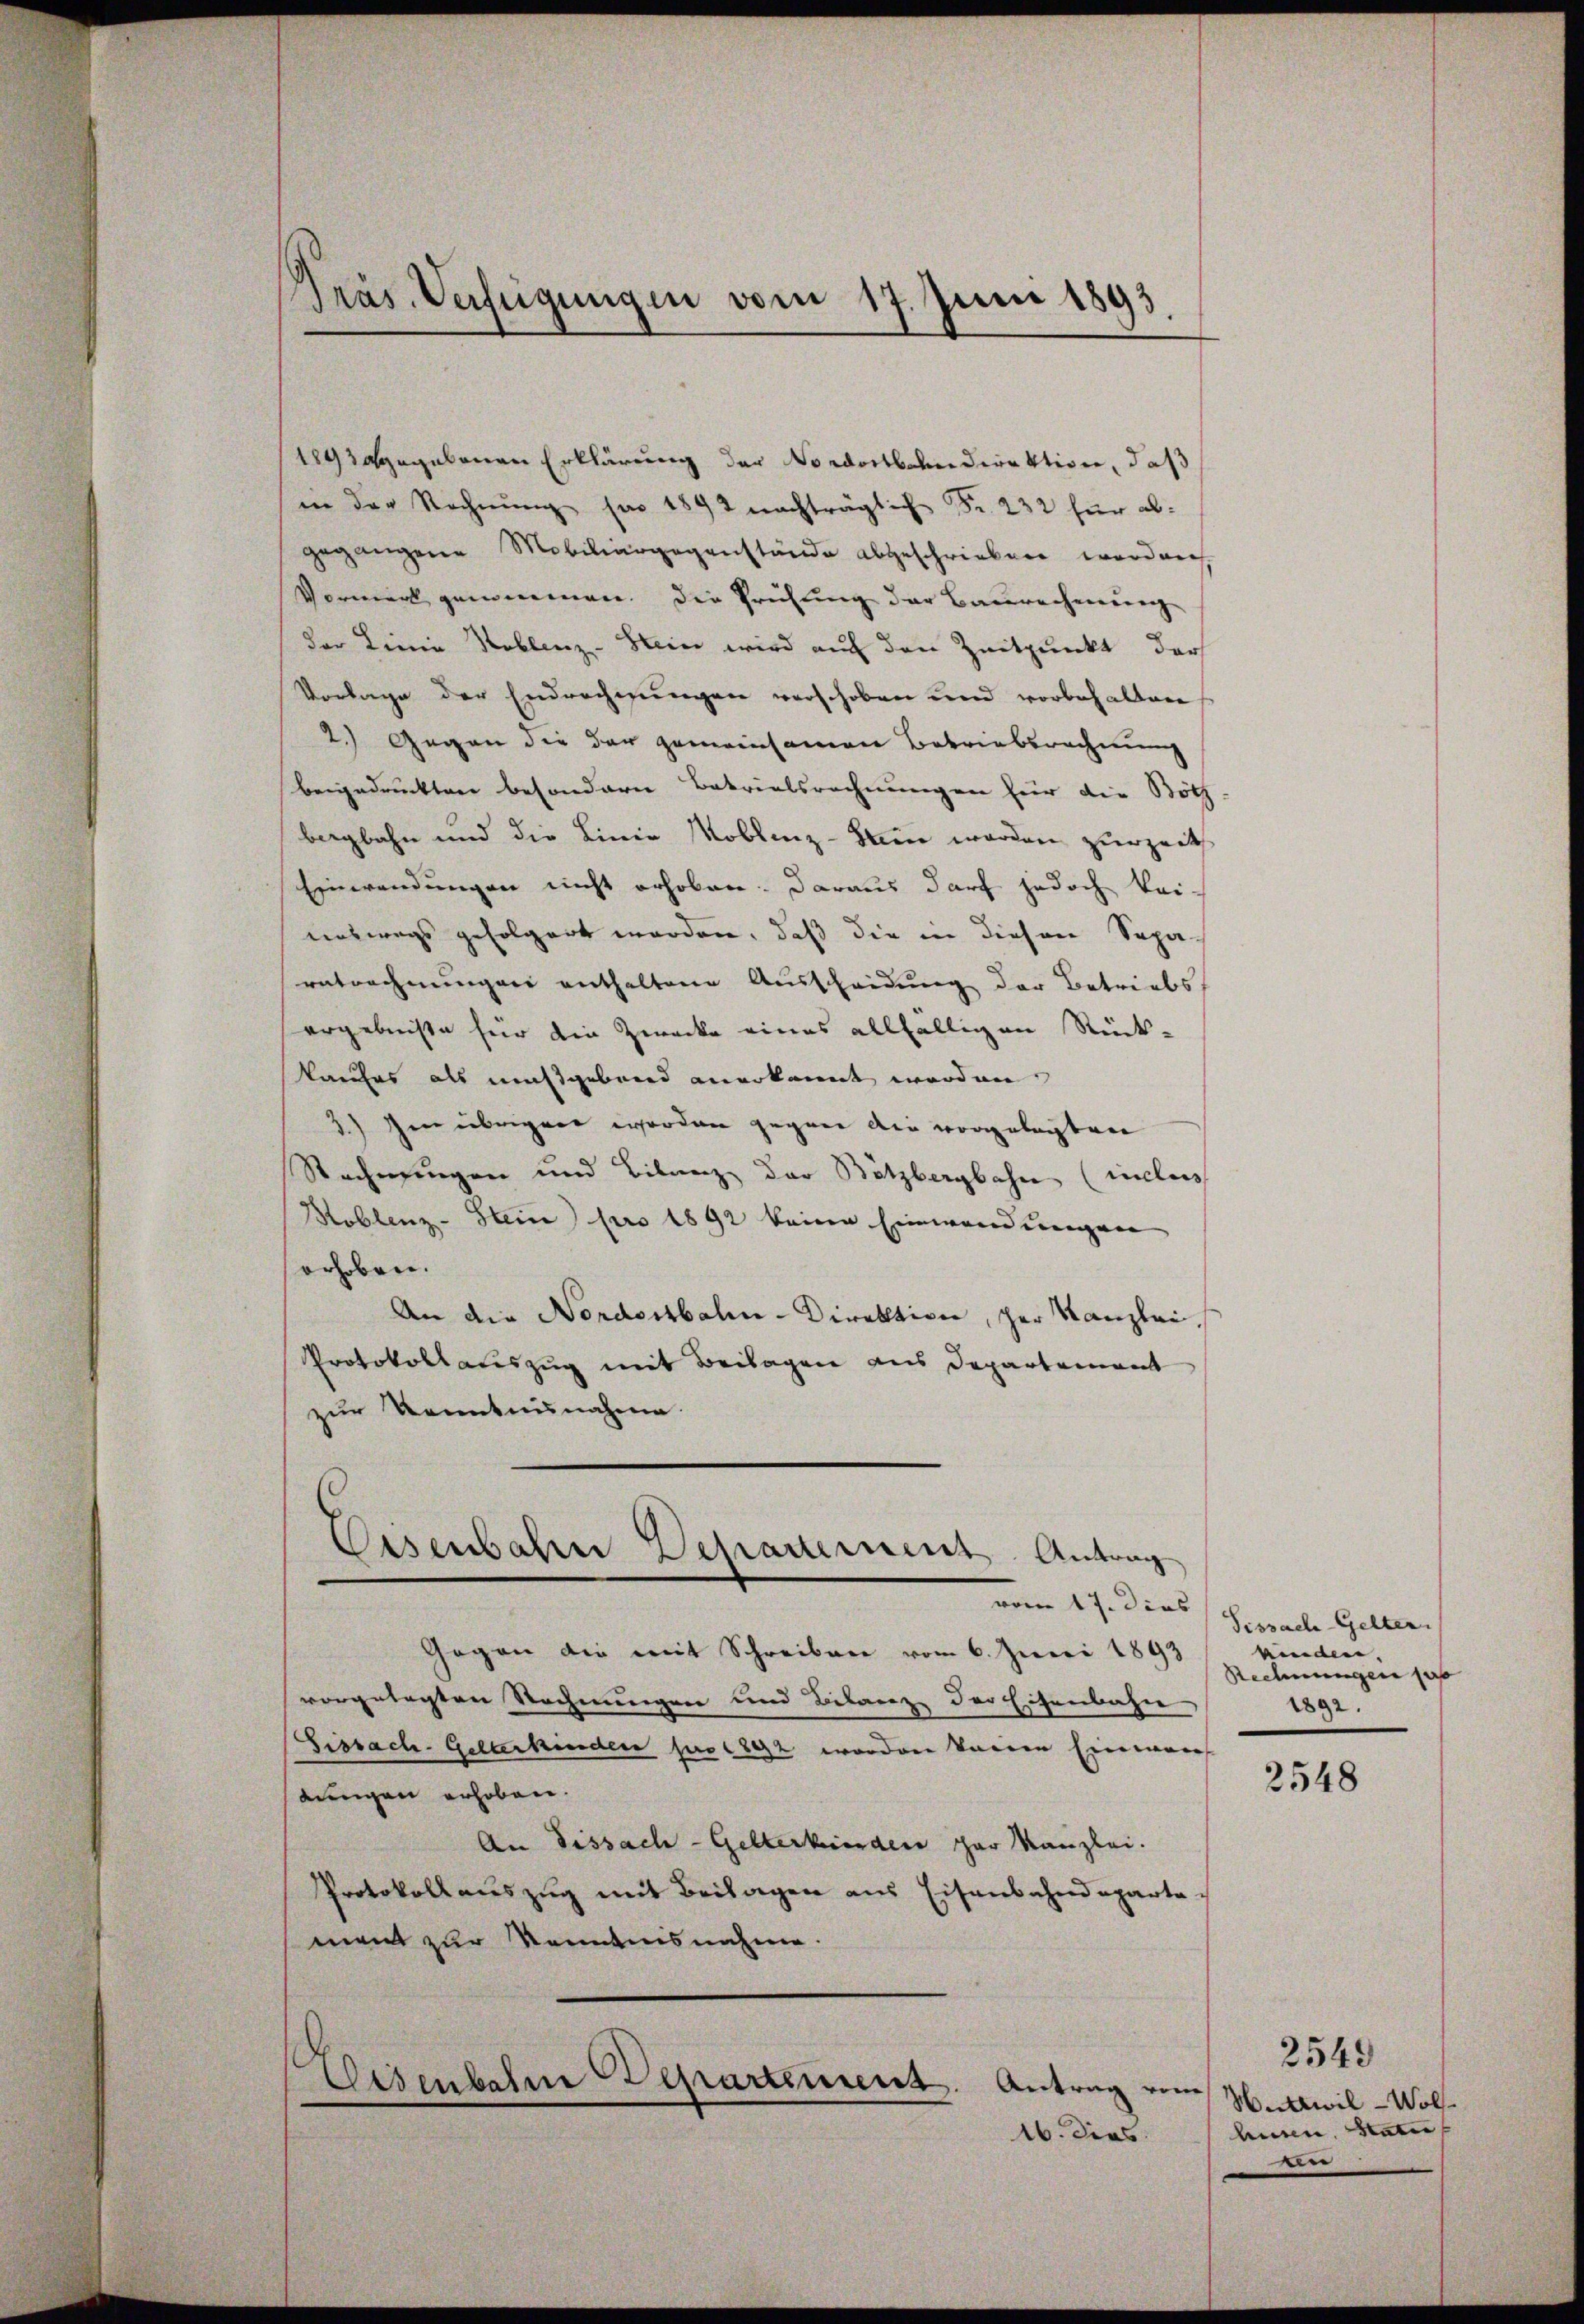
Präs. Verfügungen vom 17. Juni 1893

189 dagegebenen Erklärung der Nordostbahndirektion, daß
in der Rechnŭng pro 1892 nachträglich Fr. 232 für abgegangene Mobiliargegenstände abgeschrieben worden
Vormerk genommen. Die Prüfung der Baurechnung
der Linie Koblenz-Stein wird auf den Zeitpunkt dar
Vorlage der Endrechnungen verschoben und vorbehalten
2.) Gegen die der gemeinsamen Betriebsrechnung
beigedruckten besondern Batrialsrechnungen für die Böth-
bergbahn und die Linie Moblenz-Wein werden zurzeits
Einwendungen nicht erhoben: daraus darf jedoch kei-
enswegs gefolgert worden, daß die in diesen Separatrechnungen enthaltene Ausscheidung der Betriebs
ergebnisse für die Zwecke eines allfälligen Rück-
kaufes als mußgebend anerkannt worden
3.) Im übrigen worden gegen die vorgelegten
Rechnungen und Bilanz der Bützbergbahn (iclass
Koblenz-Stein pro 1892 keine Einwendungen
erhoben.
An die Nordostbahn-Direktion, der Kanzlei,
Protokollauszug mit Beilagen aus Departement
zur Kenntnisnahme.

Gegen die mit Schreiben vom 6. Juni 1893
vorgelegten Rechnungen und Bilanze der Eisenbahn
Fissach-Gelterkinden pro 1892 worden kannen Einweis
lungen erhoben.
An Dissach - Gelterkinden zur Kanzlei.
Protokoll auszug mit Beilagen aus Eisenbahndeparta
ment zur Kenntnisnahme.
Eisenbahne Departement
Antrag vom
16. dies

.
Eisenbahn Schauernent Antrag
vom 17. dies

Sissach Gelten.
winden. |
Rechnungen pas
1892.

2548

2549
Wattwil - Wolf.
husen, Statu
An